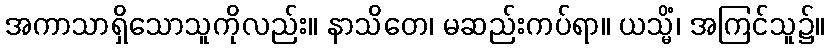
အကာသာရှိသောသူကိုလည်း။ နာသိတေ၊ မဆည်းကပ်ရာ။ ယသ္မိံ၊ အကြင်သူ၌။